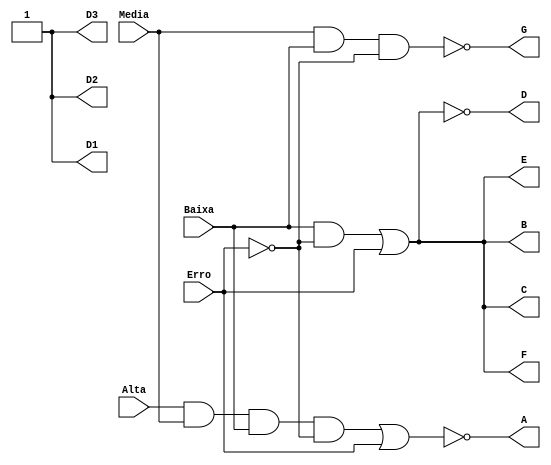
 module display_caixa(Alta, Media, Baixa, Erro, D1, D2, D3, A, G, D, B, F, E, C);
	input Alta, Media, Baixa, Erro;
	output D1, D2, D3, A, G, D, B, F, E, C;
	wire S21, S22, S23, S24, S25, S26;
	
    not SS0(D1, 1'B0);
    
    not SS1(D2, 1'B0);
    
    not SS2(D3, 1'B0);
    
    // A, M, B, E
    not PS7(S26, Erro);
	 
    // Saida Alta = Alta.Media.Baixa.Erro'
    and PS3(S21, Alta, Media, Baixa, S26);
    or PS5(S24, S21, !S26);
    not SS3(A, S24);
    
    // Saida Media = Media.Baixa.Erro'
    and PS2(S22, Media, Baixa, S26);
    not SS4(G, S22);
    
    // Saida Baixa = Baixa.Erro'
    and PS4(S23, Baixa, S26);
    or PS6(S25, S23, !S26);
	 not SS6(B, !S25);
	 not SS7(C, !S25);
	 not SS8(F, !S25);
	 not SS9(E, !S25);
    not SS5(D, S25);
    // Saida Vazia = Alta'.Media'.Baixa'.Erro'
   

endmodule